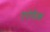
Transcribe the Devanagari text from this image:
एरोपैक